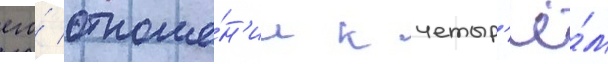
его́ отноше́н'ии к четыр'ё́м